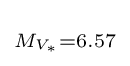
\scriptstyle M_{V_{\ast }}=6.57